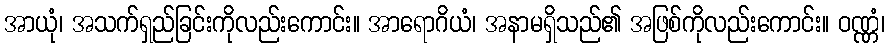
အာယုံ၊ အသက်ရှည်ခြင်းကိုလည်းကောင်း။ အာရောဂိယံ၊ အနာမရှိသည်၏ အဖြစ်ကိုလည်းကောင်း။ ဝဏ္ဏံ၊